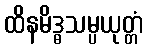
ထိနမိဒ္ဓသမ္ပယုတ္တံ